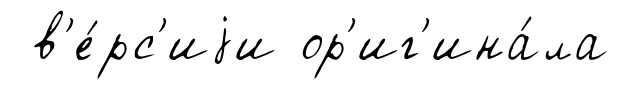
в'е́рс'иjи ор'иг'ина́ла